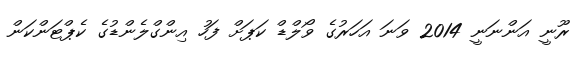
ރޫނީ އަންނަނީ 2014 ވަނަ އަހަރުގެ ވޯލްޑް ކަޕަށް ފަހު އިންގްލެންޑުގެ ކެޕްޓަންކަން